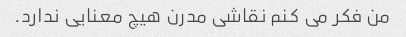
من فکر می کنم نقاشی مدرن هیچ معنایی ندارد.